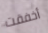
أخفقت